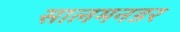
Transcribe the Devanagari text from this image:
सालमनडर